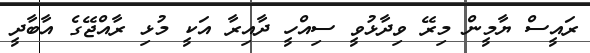
ރައީސް ޔާމީން މިރޭ ވިދާޅުވީ ސިއްހީ ދާއިރާ އަކީ މުޅި ރާއްޖޭގެ އާބާދީ